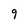
Character: 9